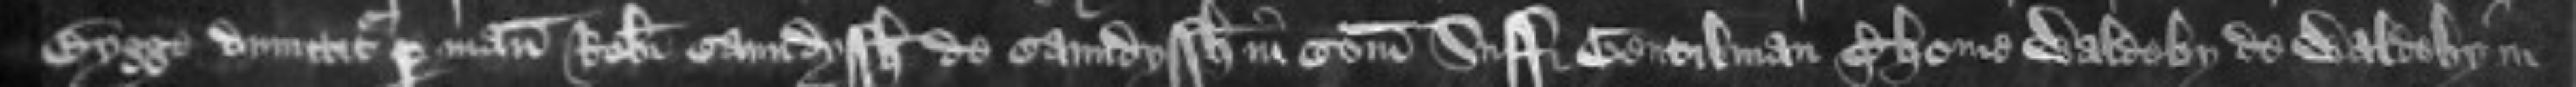
Bygge dimittitur per manus Roberti Caundyssh de Caundyssh in Comitatu Suffolcie Gentilman Thome Waldeby de Waldeby in